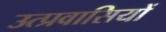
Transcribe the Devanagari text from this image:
उत्प्रवासियों